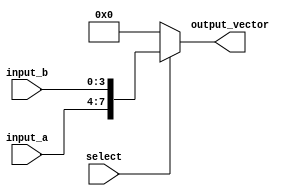
module vector_continuous_assignment (
    input wire [3:0] input_a,      // 4-bit input signal
    input wire [3:0] input_b,      // 4-bit input signal
    input wire select,              // Control signal for conditional logic
    output reg [7:0] output_vector  // 8-bit output vector
);

// Continuous assignment using an always block
always @(*) begin
    // Conditional logic to determine the value of the output_vector
    if (select) begin
        // Concatenate input_a and input_b when select is high
        output_vector = {input_a, input_b}; // Concatenation
    end else begin
        // Assign a default value when select is low
        output_vector = 8'b00000000; // Default value
    end
end

endmodule